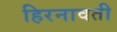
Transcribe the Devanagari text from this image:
हिरनावती